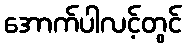
အောက်ပါလင့်တွင်